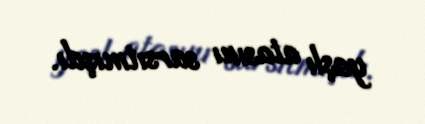
yaşlı atasını sarsıtmışdı.